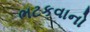
ભટકવાનો